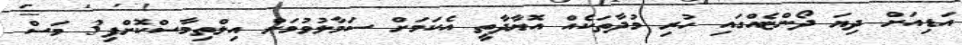
އަޑިއަށް ދިޔަ ދޯންޏެއްގައި ހުރި މުދާތަކެއް އޮޔާދާތީ އެކަމަށް ސަމާލުވުމަށް އިލްތިމާސްކޮށްފި3 މަސް